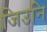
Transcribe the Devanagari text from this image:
जिउनि